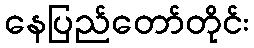
နေပြည်တော်တိုင်း